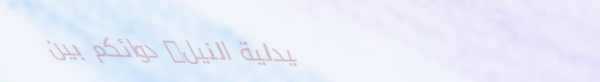
صيدلية النيل: دوائكم بين